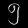
Digit: ၅